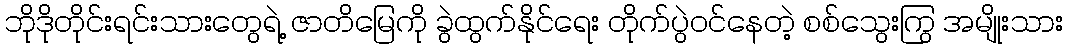
ဘိုဒိုတိုင်းရင်းသားတွေရဲ့ ဇာတိမြေကို ခွဲထွက်နိုင်ရေး တိုက်ပွဲဝင်နေတဲ့ စစ်သွေးကြွ အမျိုးသား